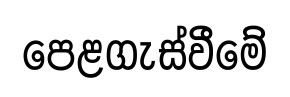
පෙළගැස්වීමේ